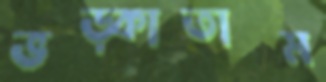
ভড়্‌কাতাম